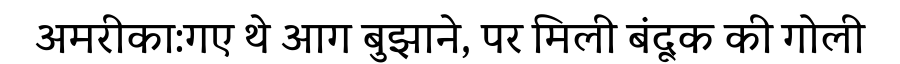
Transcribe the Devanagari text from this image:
अमरीका:गए थे आग बुझाने, पर मिली बंदूक की गोली